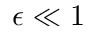
\epsilon \ll 1